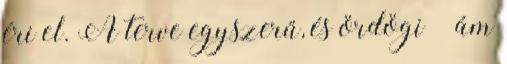
éri el. A terve egyszerű, és ördögi – ám